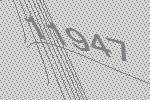
11947